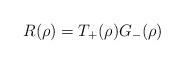
LaTeX: \begin{align*}R(\rho)=T_{+}(\rho)G_{-}(\rho) \end{align*}